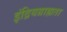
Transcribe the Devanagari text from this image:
इंद्रियग्राह्यता